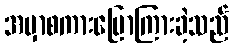
အမှာစကားပြောကြားခဲ့သည်